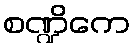
စဏ္ဍိကေ